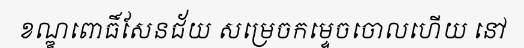
ខណ្ឌពោធិ៍សែនជ័យ សម្រេចកម្ទេចចោលហើយ នៅ